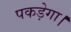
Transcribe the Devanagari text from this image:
पकड़ेगा।